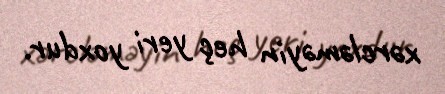
xərcləməyin heç yeri yoxdur.